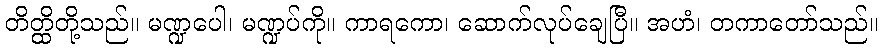
တိတ္ထိတို့သည်။ မဏ္ဍပေါ၊ မဏ္ဍပ်ကို။ ကာရကော၊ ဆောက်လုပ်ချေပြီ။ အဟံ၊ တကာတော်သည်။